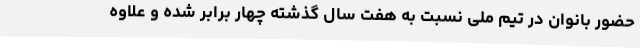
حضور بانوان در تیم ملی نسبت به هفت سال گذشته چهار برابر شده و علاوه